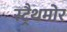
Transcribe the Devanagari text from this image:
स्ट्रैथमोर